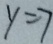
y = 7